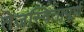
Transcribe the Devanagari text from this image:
तेजस्वितापूर्ण